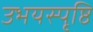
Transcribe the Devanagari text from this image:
उभयस्पृष्ठि